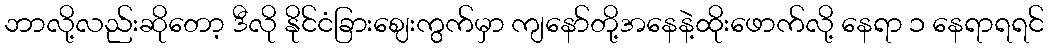
ဘာလို့လည်းဆိုတော့ ဒီလို နိုင်ငံခြားဈေးကွက်မှာ ကျနော်တို့အနေနဲ့ထိုးဖောက်လို့ နေရာ ၁ နေရာရရင်